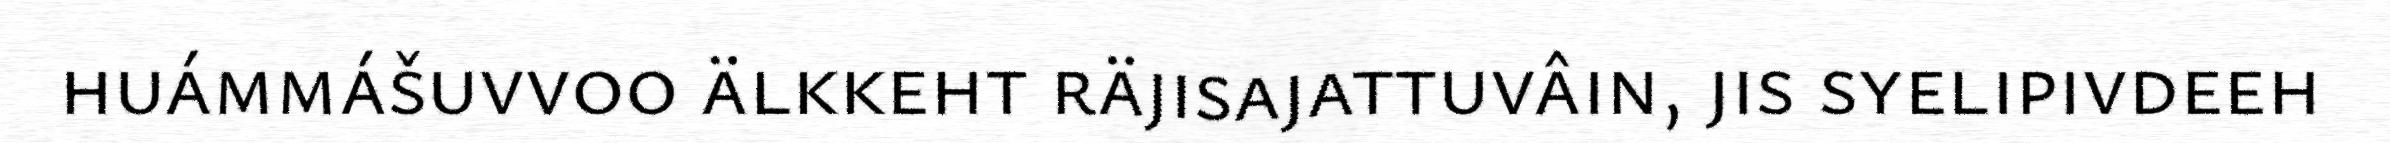
huámmášuvvoo älkkeht räjisajattuvâin, jis syelipivdeeh